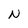
Character: N